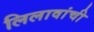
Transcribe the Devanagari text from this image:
लिलावांची